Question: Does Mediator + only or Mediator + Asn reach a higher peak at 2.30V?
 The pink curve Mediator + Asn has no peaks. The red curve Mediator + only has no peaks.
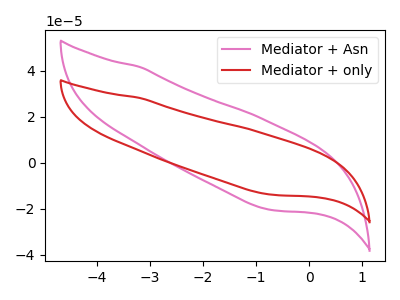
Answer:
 <answer>"Mediator + only" and "Mediator + Asn" dont share a peak at 2.30V.</answer>
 <eval>mismatch</eval>